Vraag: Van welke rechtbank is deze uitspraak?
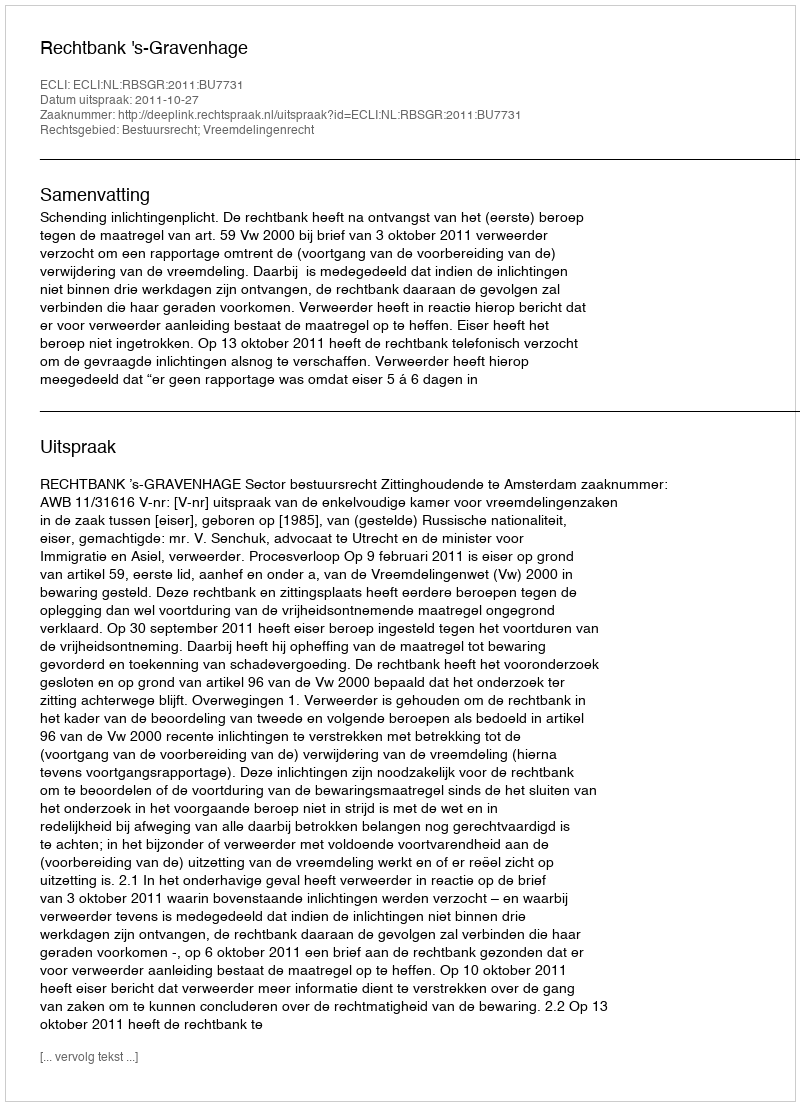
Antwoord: Rechtbank 's-Gravenhage